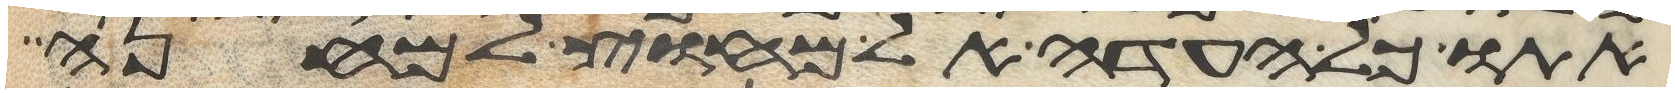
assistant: אתו כל העדה אל מחוץ למחנה